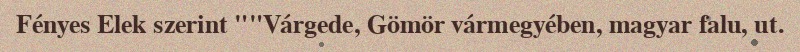
Fényes Elek szerint ""Várgede, Gömör vármegyében, magyar falu, ut.